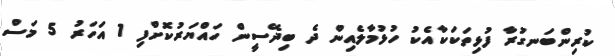
ކުރިންބަނގުރާ ފުޅިތަކަކާއެކު ހުޅުމާލެއިން ދެ ބިދޭސީން ހައްޔަރުކޮށްފި 1 އަހަރު 5 މަސް